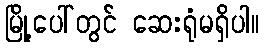
မြို့ပေါ်တွင် ဆေးရုံမရှိပါ။